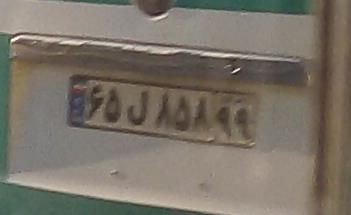
۶۵ل۸۵۸۹۹